Annual returns of the Patna Lunatic Asylum at Bankipore in Bihar and Orissa - 1912-1924
Year: 1912
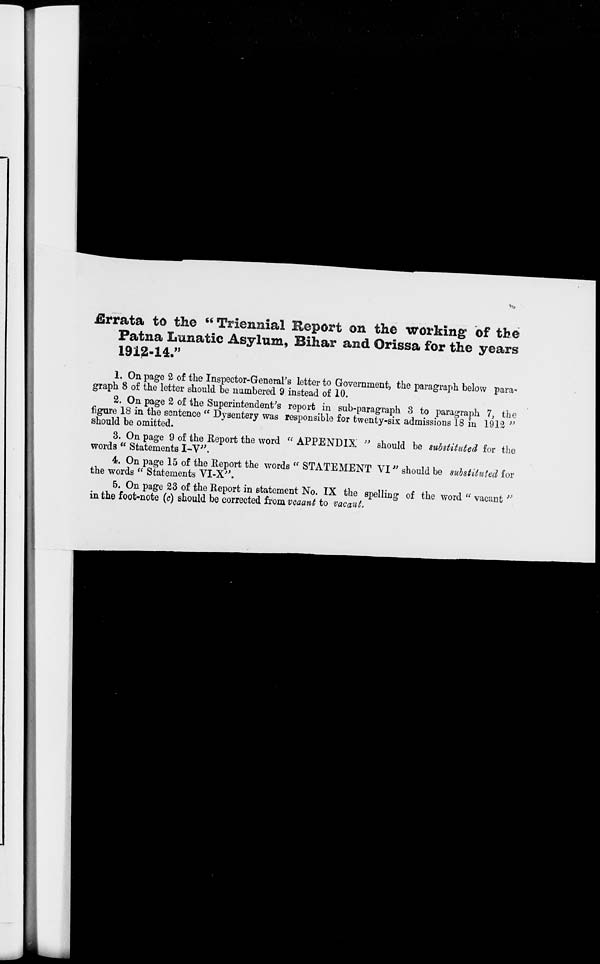
Errata to the " Triennial Report on the working of the
Patna Lunatic Asylum, Bihar and Orissa for the years
1912-14."
1. On page 2 of the Inspector-General's letter to Government, the paragraph below para-
graph 8 of the letter should be numbered 9 instead of 10.
2. On page 2 of the Superintendent's report in sub-paragraph 3 to paragraph 7, the
figure 18 in the sentence " Dysentery was responsible for twenty-six admissions 18 in 1912 "
should be omitted.
3. On page 9 of the Report the word " APPENDIX " should be substituted for the
words " Statements I-V".
4. On page 15 of the Report the words " STATEMENT VI" should be substituted for
the words " Statements VI-X".
5. On page 23 of the Report in statement No. IX the spelling of the word " vacant "
in the foot-note (c) should be corrected from vcaant to vacant.